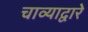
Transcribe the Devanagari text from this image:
चाव्याद्वारे